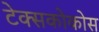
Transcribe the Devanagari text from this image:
टेक्सकोकोस